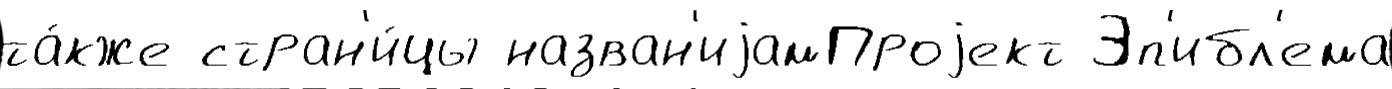
та́кже стран'и́цы назван'иjамПроjект Эп'ибл'ема